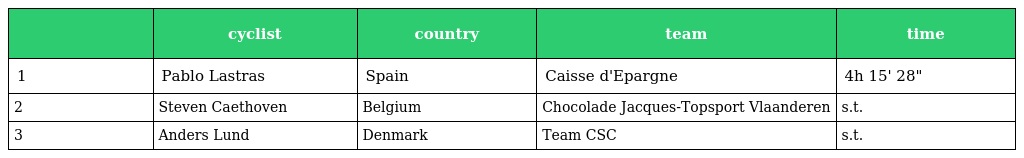
|  | cyclist | country | team | time |
 | --- | --- | --- | --- | --- |
 | 1 | Pablo Lastras | Spain | Caisse d'Epargne | 4h 15' 28" |
 | 2 | Steven Caethoven | Belgium | Chocolade Jacques-Topsport Vlaanderen | s.t. |
 | 3 | Anders Lund | Denmark | Team CSC | s.t. |